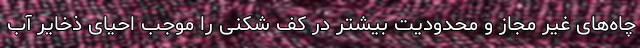
چاه‌های غیر مجاز و محدودیت بیشتر در کف شکنی را موجب احیای ذخایر آب